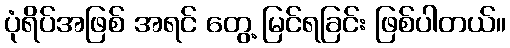
ပုံရိပ်အဖြစ် အရင် တွေ့ မြင်ရခြင်း ဖြစ်ပါတယ်။